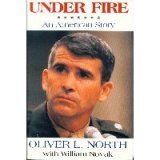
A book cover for Under Fire: An American Story; Oliver L. North; History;